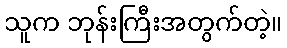
သူက ဘုန်းကြီးအတွက်တဲ့။